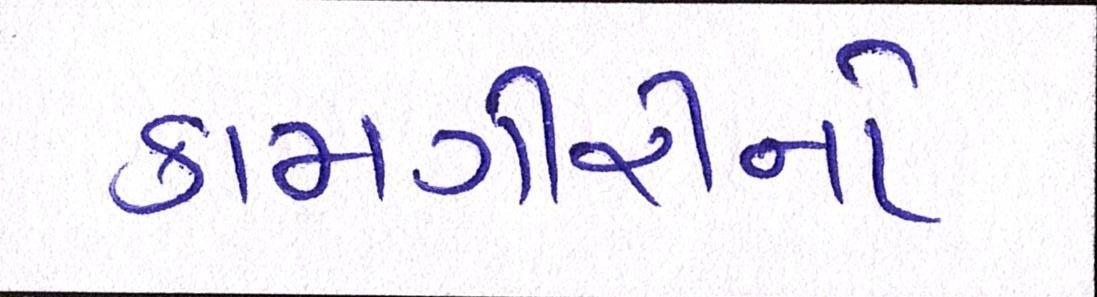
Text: કામગીરીનો